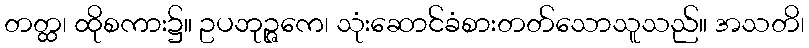
တတ္ထ၊ ထိုစကား၌။ ဥပဘုဉ္ဇကေ၊ သုံးဆောင်ခံစားတတ်သောသူသည်။ အသတိ၊